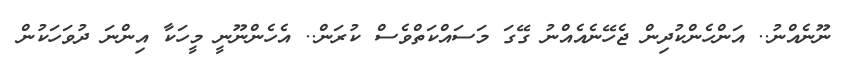
ނޫނެއްނު.. އަންހެންކުދިން ޖެހޭނެއެއްނު ގޭގަ މަސައްކަތްވެސް ކުރަން.. އެހެންނޫނީ މީހަކާ އިންނަ ދުވަހަކުން